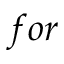
f o r